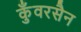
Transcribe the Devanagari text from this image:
कुँवरसैन